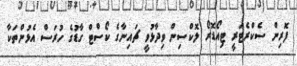
ފޮރިން ސެކްރެޓަރީ ޓިއޯޑޮރޯ ލޮކްސިން ވިދާޅުވީ ޗައިނާގެ ކޯސްޓް ގާޑުގެ ހުރަސް އެޅުންތަކާ